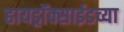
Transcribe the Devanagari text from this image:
हायड्राॅक्साईडच्या